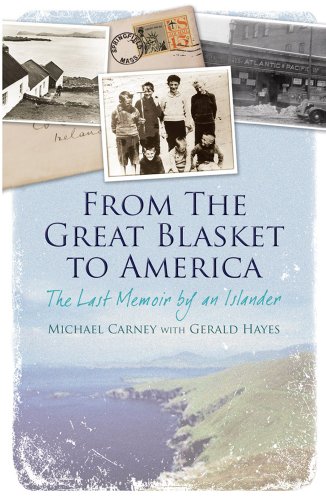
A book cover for From the Great Blasket to America: The Last Memoir by an Islander; Gerald Hayes; Biographies & Memoirs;